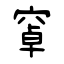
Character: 窧